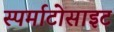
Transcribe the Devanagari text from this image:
स्पर्माटोसाइट